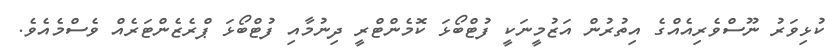
ކުޅިވަރު ނޫސްވެރިއެއްގެ އިތުރުން އަޒުމީނަކީ ފުޓްބޯޅަ ކޮމެންޓްރީ ދިނުމާއި ފުޓްބޯޅަ ޕްރެޒެންޓަރެއް ވެސްމެއެވެ.